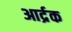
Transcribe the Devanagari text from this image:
आर्द्रक